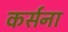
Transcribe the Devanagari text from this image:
कर्सना